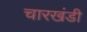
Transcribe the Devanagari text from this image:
चारखंडी